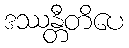
ဒဿန္တီတိပေ